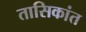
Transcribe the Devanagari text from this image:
तासिकांत